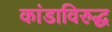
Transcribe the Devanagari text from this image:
कांडाविरुद्ध